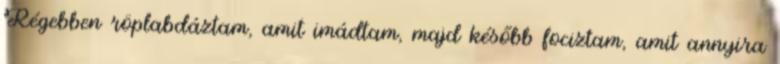
Régebben röplabdáztam, amit imádtam, majd később fociztam, amit annyira